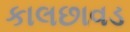
કાલછાવડ